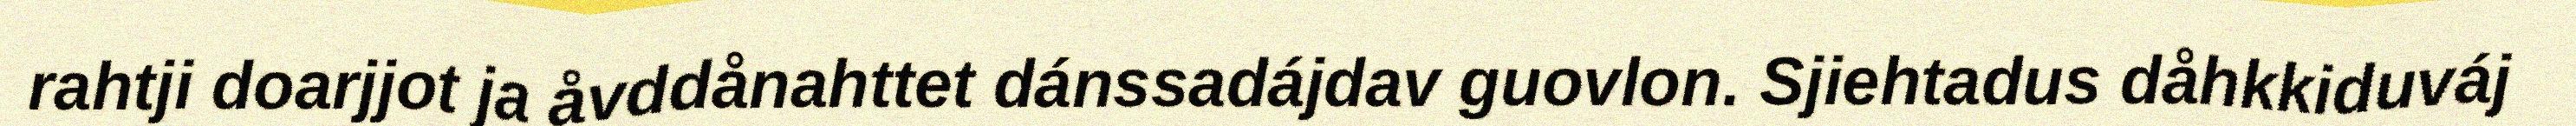
rahtji doarjjot ja åvddånahttet dánssadájdav guovlon. Sjiehtadus dåhkkiduváj